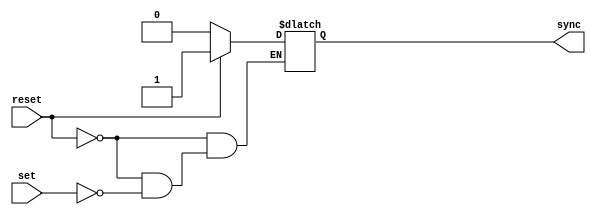
module Sync_Generator(
		input 				set,
		input 			 reset,
		output 			  sync
    );
	 
	 reg internal;

	always@(*)
		if(reset) internal  = 1;
		else if(set) internal = 0;
		
		
	assign sync = internal;

endmodule